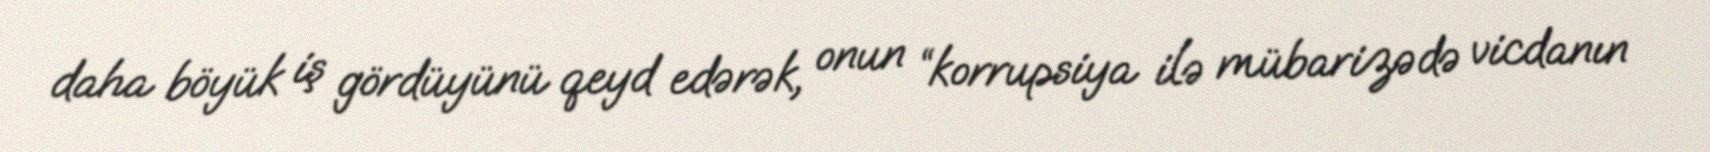
daha böyük iş gördüyünü qeyd edərək, onun “korrupsiya ilə mübarizədə vicdanın